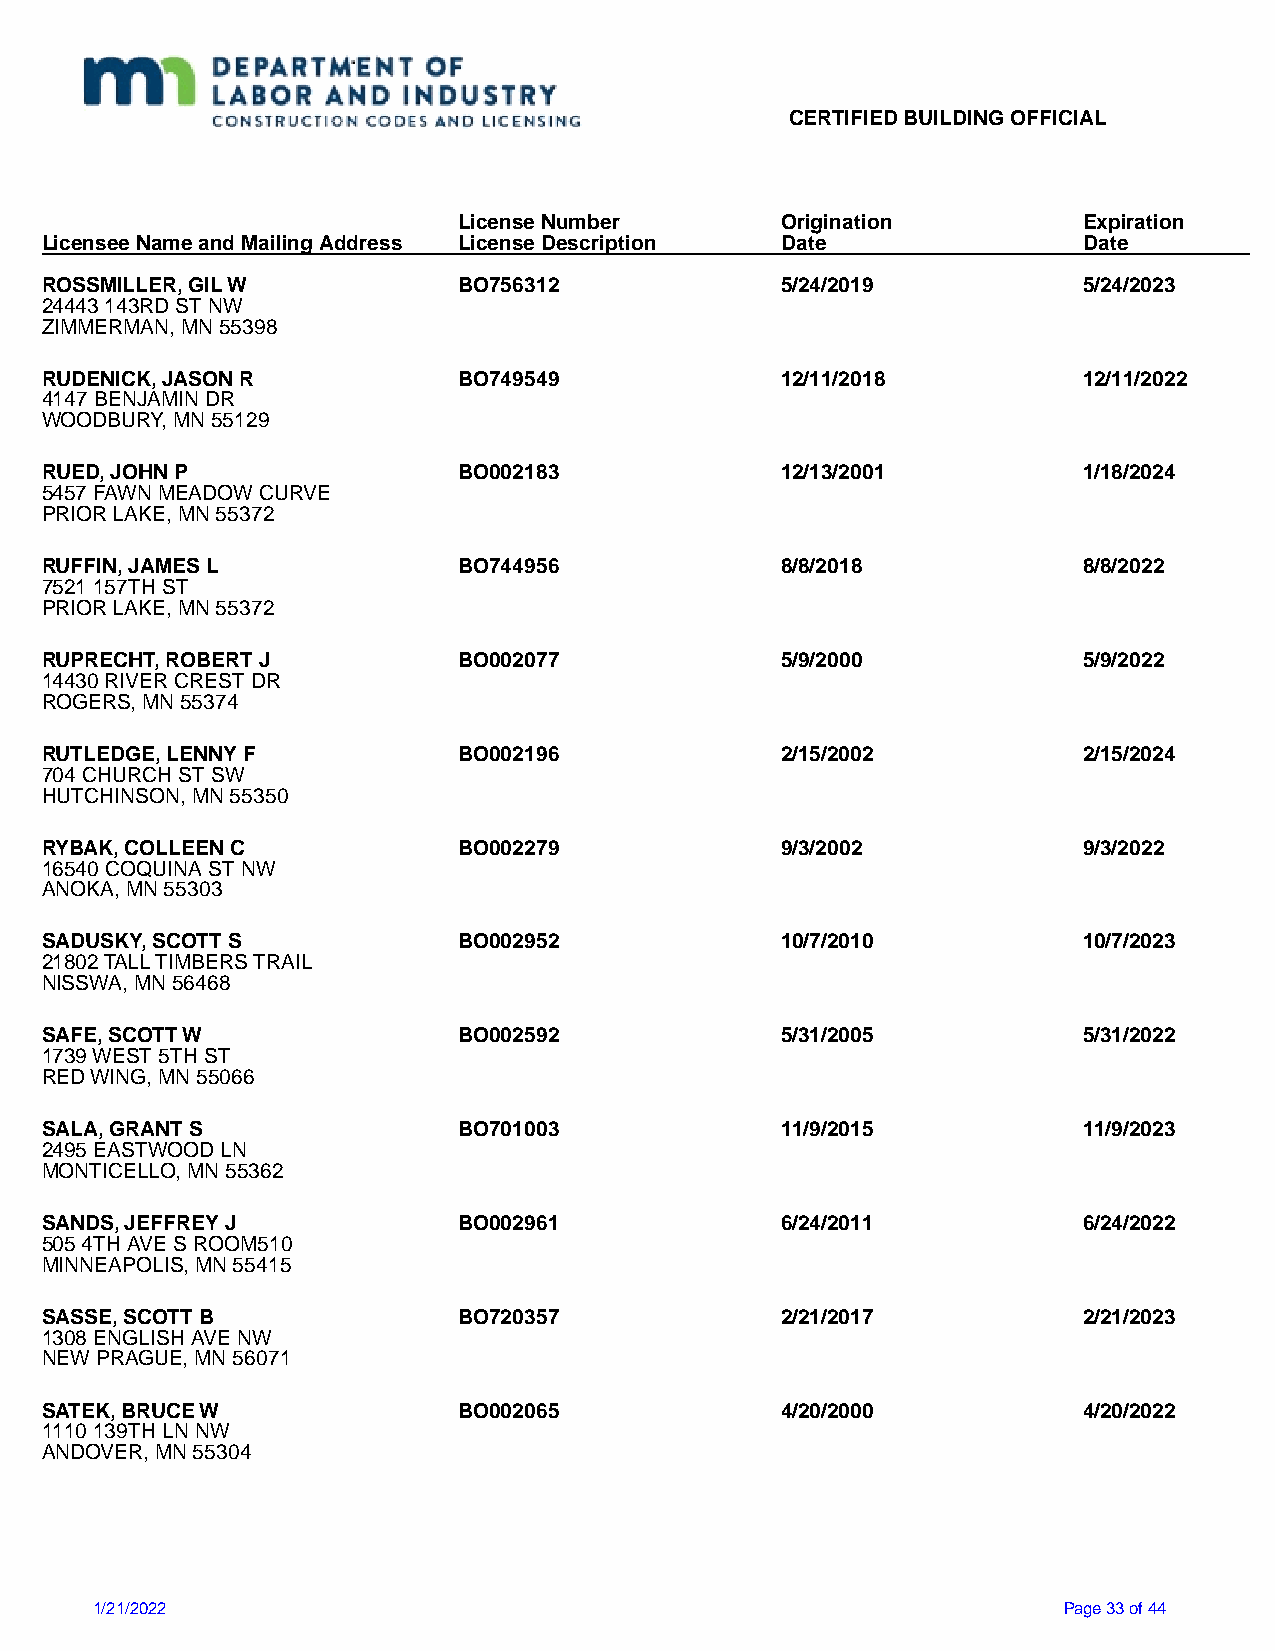
CERTIFIED BUILDING OFFICIAL
 License Number        Origination         Expiration
 Licensee Name and Mailing Address License Description Date           Date
 ROSSMILLER, GIL W          BO756312              5/24/2019           5/24/2023
 24443 143RD ST NW
 ZIMMERMAN, MN 55398
 RUDENICK, JASON R          BO749549              12/11/2018          12/11/2022
 4147 BENJAMIN DR
 WOODBURY, MN 55129
 RUED, JOHN P               BO002183              12/13/2001          1/18/2024
 5457 FAWN MEADOW CURVE
 PRIOR LAKE, MN 55372
 RUFFIN, JAMES L            BO744956              8/8/2018            8/8/2022
 7521 157TH ST
 PRIOR LAKE, MN 55372
 RUPRECHT, ROBERT J         BO002077              5/9/2000            5/9/2022
 14430 RIVER CREST DR
 ROGERS, MN 55374
 RUTLEDGE, LENNY F          BO002196              2/15/2002           2/15/2024
 704 CHURCH ST SW
 HUTCHINSON, MN 55350
 RYBAK, COLLEEN C           BO002279              9/3/2002            9/3/2022
 16540 COQUINA ST NW
 ANOKA, MN 55303
 SADUSKY, SCOTT S           BO002952              10/7/2010           10/7/2023
 21802 TALL TIMBERS TRAIL
 NISSWA, MN 56468
 SAFE, SCOTT W              BO002592              5/31/2005           5/31/2022
 1739 WEST 5TH ST
 RED WING, MN 55066
 SALA, GRANT S              BO701003              11/9/2015           11/9/2023
 2495 EASTWOOD LN
 MONTICELLO, MN 55362
 SANDS, JEFFREY J           BO002961              6/24/2011           6/24/2022
 505 4TH AVE S ROOM510
 MINNEAPOLIS, MN 55415
 SASSE, SCOTT B             BO720357              2/21/2017           2/21/2023
 1308 ENGLISH AVE NW
 NEW PRAGUE, MN 56071
 SATEK, BRUCE W             BO002065              4/20/2000           4/20/2022
 1110 139TH LN NW
 ANDOVER, MN 55304
 1/21/2022                                                       Page 33 of 44